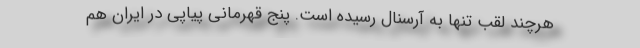
هرچند لقب تنها به آرسنال رسیده است. پنج قهرمانی پیاپی در ایران هم